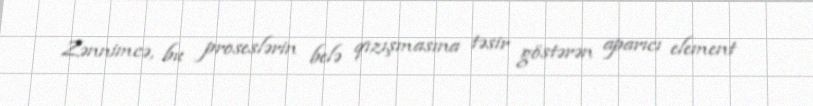
Zənnimcə, bu proseslərin belə qızışmasına təsir göstərən aparıcı element